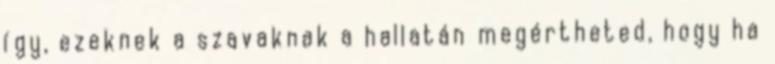
így, ezeknek a szavaknak a hallatán megértheted, hogy ha